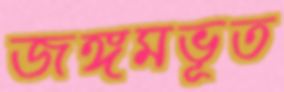
জঙ্গমভূত